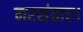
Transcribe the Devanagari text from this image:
नरसंहार।